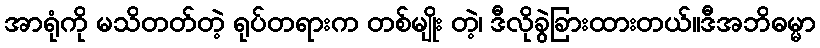
အာရုံကို မသိတတ်တဲ့ ရုပ်တရားက တစ်မျိုး တဲ့၊ ဒီလိုခွဲခြားထားတယ်။ဒီအဘိဓမ္မာ